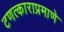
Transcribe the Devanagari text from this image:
टणत्काराप्रमाणे